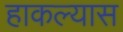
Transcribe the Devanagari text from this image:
हाकल्यास